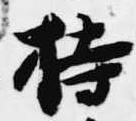
持